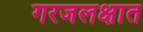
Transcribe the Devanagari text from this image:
गरजलक्षात